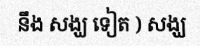
នឹង សង្ឃ ទៀត ) សង្ឃ